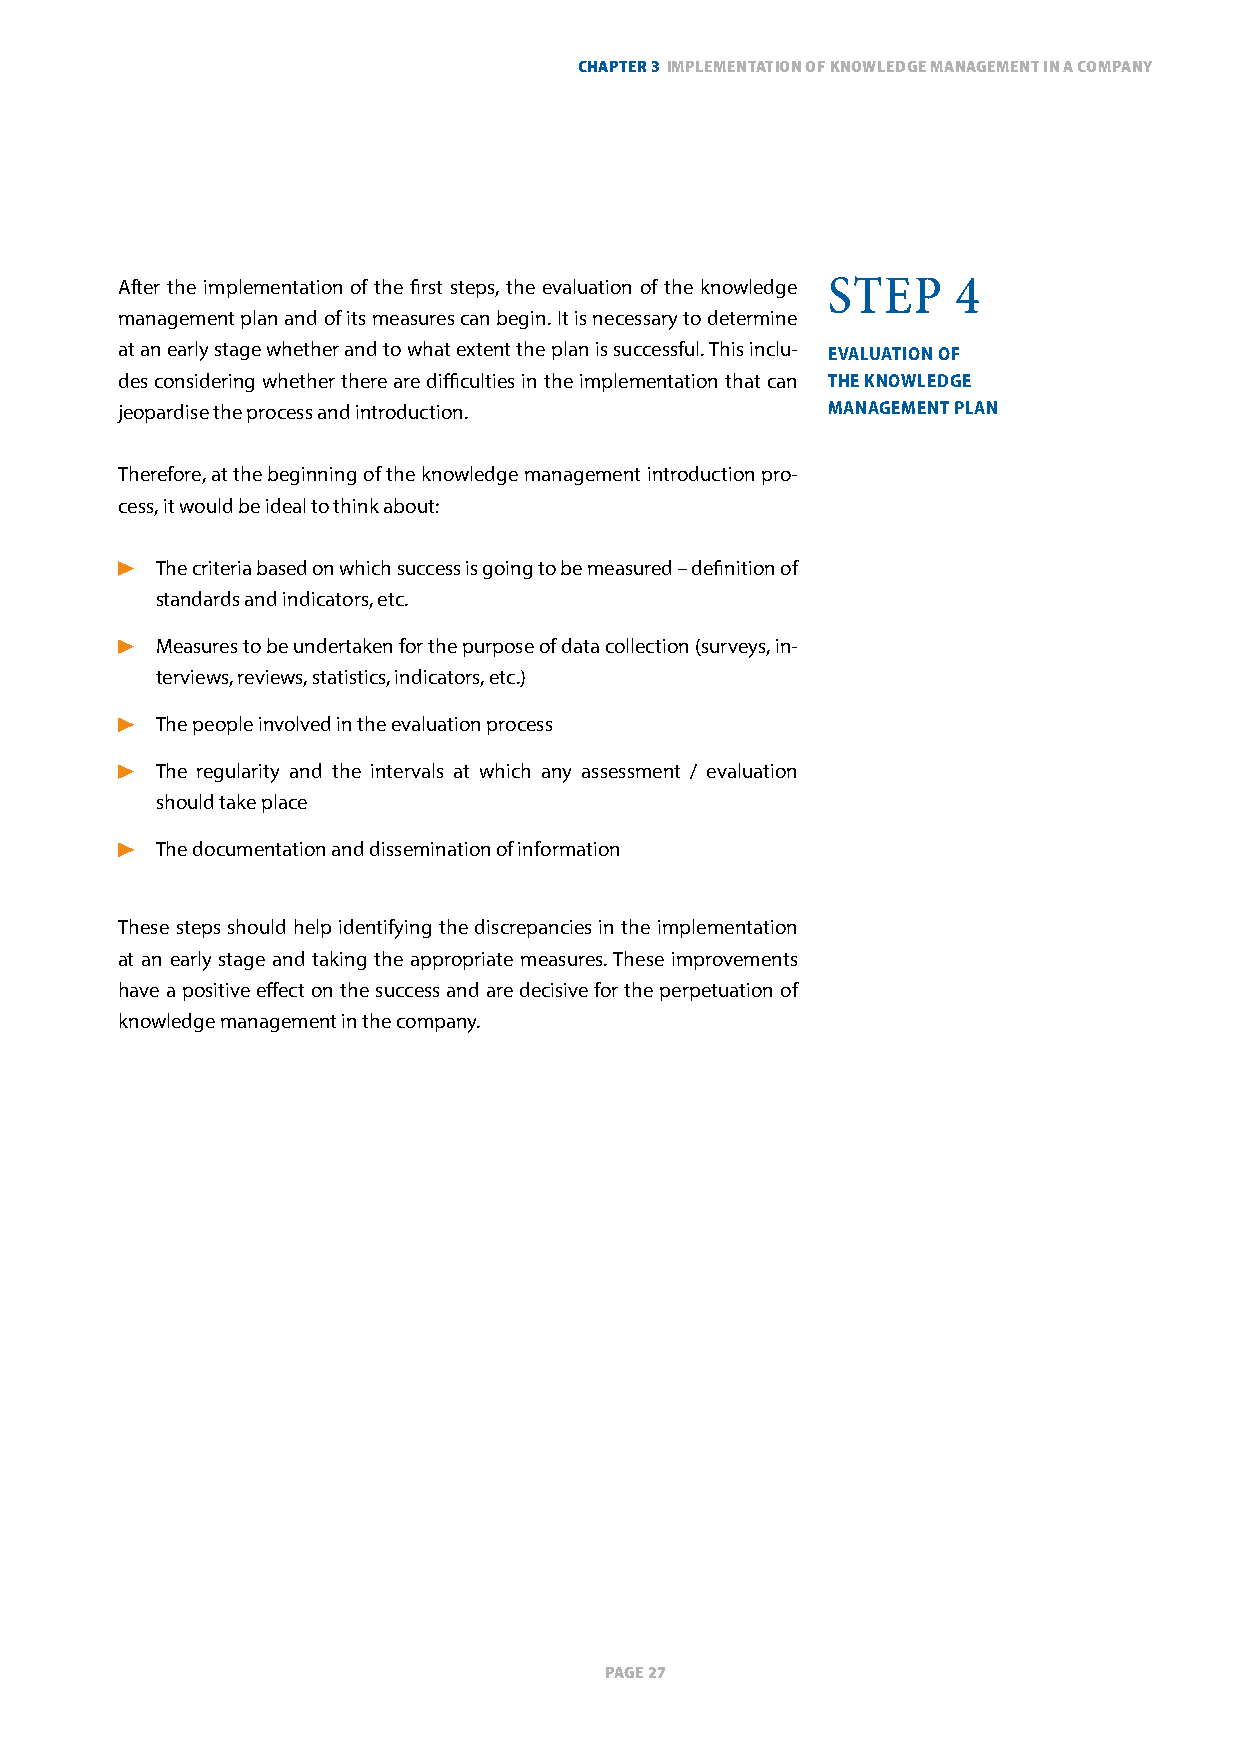
ChapTer 3 implemenTaTion of knowledge managemenT in a Company
 After the implementation of the first steps, the evaluation of the knowledge StEP 4
 management plan and of its measures can begin. It is necessary to determine
 at an early stage whether and to what extent the plan is successful. This inclu- evaluatioN oF
 des considering whether there are difficulties in the implementation that can tHe kNoWledge
 jeopardise the process and introduction.       maNagemeNt PlaN
 Therefore, at the beginning of the knowledge management introduction pro-
 cess, it would be ideal to think about:
 The criteria based on which success is going to be measured – definition of
 standards and indicators, etc.
 Measures to be undertaken for the purpose of data collection (surveys, in-
 terviews, reviews, statistics, indicators, etc.)
 The people involved in the evaluation process
 The regularity and the intervals at which any assessment / evaluation
 should take place
 The documentation and dissemination of information
 These steps should help identifying the discrepancies in the implementation
 at an early stage and taking the appropriate measures. These improvements
 have a positive effect on the success and are decisive for the perpetuation of
 knowledge management in the company.
 page 27